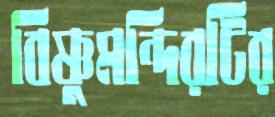
বিষ্ণুমন্দিরটির